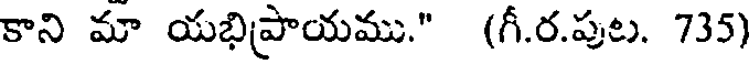
కాని మా యభిప్రాయము." (గీ.ర.పుట. 735)